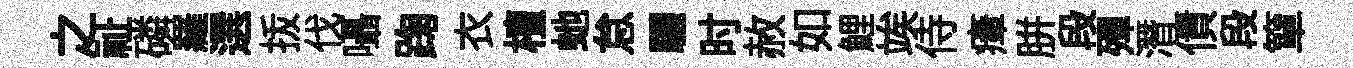
之祉磷羅選㧞伐囁踘衣檀虵怠驪时赦如鯉竢侍瘴胼段殫潛債段簞